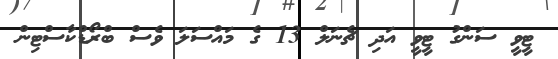
ޓީވީ ސަންގު ޓީވީ އަދި ޗެނަލް 13 ގެ މައްސަލަ ވެސް ބްރޯޑްކާސްޓިން